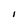
Character: i